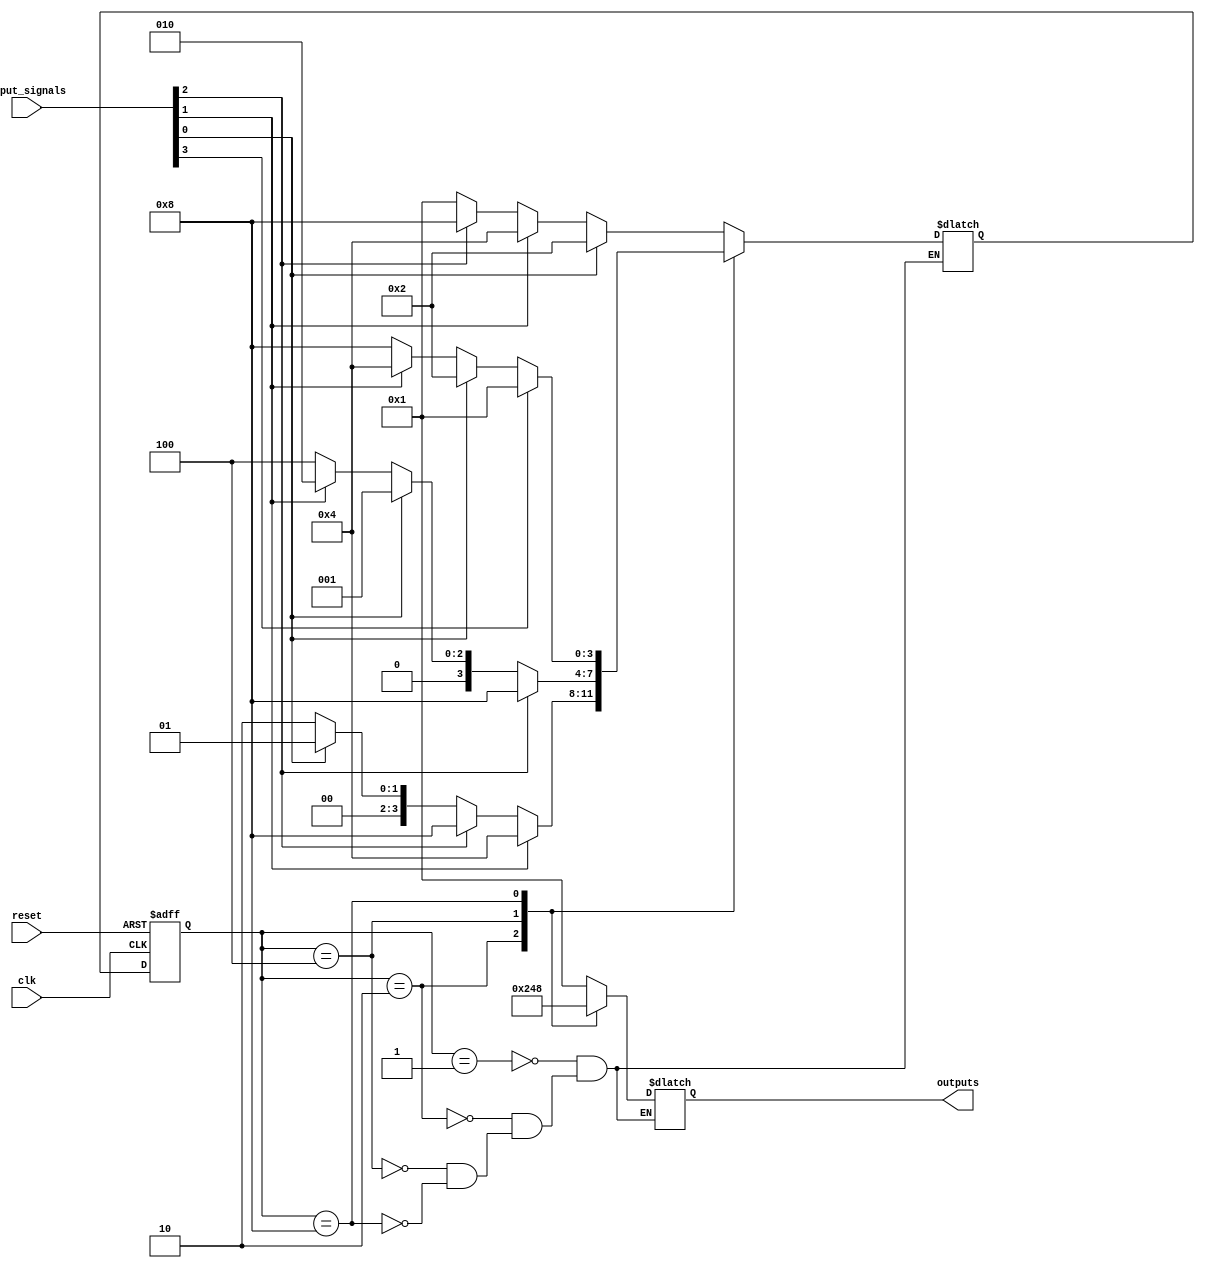
module StateMachine (
    input wire clk,
    input wire reset,
    input wire [3:0] input_signals,
    output wire [3:0] outputs
);

// State definitions
parameter STATE_A = 4'b0001;
parameter STATE_B = 4'b0010;
parameter STATE_C = 4'b0100;
parameter STATE_D = 4'b1000;

// State register
reg [3:0] state_reg;
reg [3:0] next_state;

// Output register
reg [3:0] output_reg;

// Priority encoding logic
always @(*) begin
    case(state_reg)
        STATE_A: begin
            if (input_signals[0])
                next_state = STATE_B;
            else if (input_signals[1])
                next_state = STATE_C;
            else if (input_signals[2])
                next_state = STATE_D;
            else
                next_state = STATE_A;
        end
        STATE_B: begin
            if (input_signals[1])
                next_state = STATE_C;
            else if (input_signals[2])
                next_state = STATE_D;
            else if (input_signals[0])
                next_state = STATE_A;
            else
                next_state = STATE_B;
        end
        STATE_C: begin
            if (input_signals[2])
                next_state = STATE_D;
            else if (input_signals[0])
                next_state = STATE_A;
            else if (input_signals[1])
                next_state = STATE_B;
            else
                next_state = STATE_C;
        end
        STATE_D: begin
            if (input_signals[3])
                next_state = STATE_A;
            else if (input_signals[0])
                next_state = STATE_B;
            else if (input_signals[1])
                next_state = STATE_C;
            else
                next_state = STATE_D;
        end
    endcase
end

// State transition logic
always @(posedge clk or posedge reset) begin
    if (reset)
        state_reg <= STATE_A;
    else
        state_reg <= next_state;
end

// Output logic
always @(*) begin
    case (state_reg)
        STATE_A: output_reg = 4'b0001;
        STATE_B: output_reg = 4'b0010;
        STATE_C: output_reg = 4'b0100;
        STATE_D: output_reg = 4'b1000;
    endcase
end

assign outputs = output_reg;

endmodule